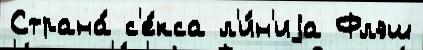
Страна́ с'е́кса л'и́н'иjа Флэш